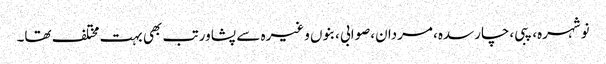
نوشہرہ، پبی،چارسدہ، مردان،صوابی ،بنوں وغیرہ سے پشاور تب بھی بہت مختلف تھا۔